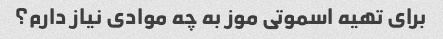
برای تهیه اسموتی موز به چه موادی نیاز دارم؟